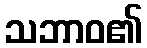
သဘာဝ၏